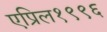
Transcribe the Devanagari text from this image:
एप्रिल१९९६